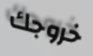
خروجك